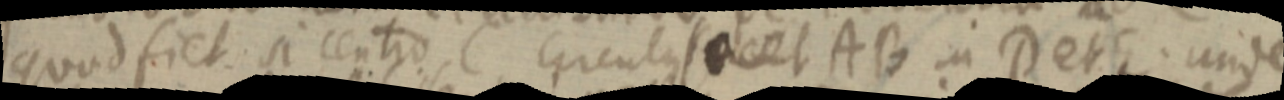
quod fiet si centro C circuli secet AB in D et E. unde